Report on vaccination in the Province of Bengal - 1874-1889
Year: 1874
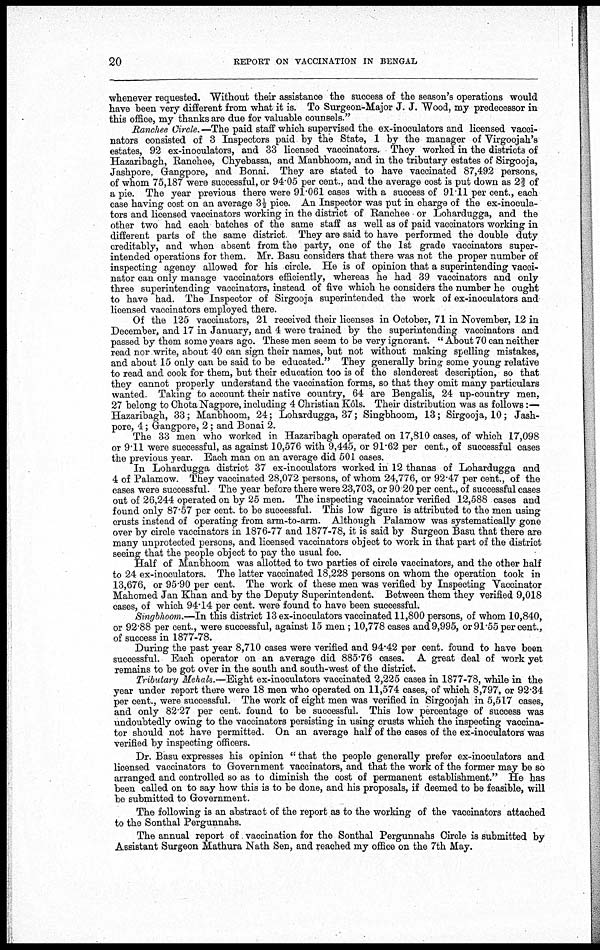
20
REPORT ON VACCINATION IN BENGAL
whenever requested. Without their assistance the success of the season's operations would
have been very different from what it is. To Surgeon-Major J. J. Wood, my predecessor in
this office, my thanks are due for valuable counsels."
Ranchee Circle.—The paid staff which supervised the ex-inoculators and licensed vacci-
nators consisted of 3 Inspectors paid by the State, 1 by the manager of Virgoojah's
estates, 92 ex-inoculators, and 33 licensed vaccinators. They worked in the districts of
Hazaribagh, Ranchee, Chyebassa, and Manbhoom, and in the tributary estates of Sirgooja,
Jashpore, Gangpore, and Bonai. They are stated to have vaccinated 87,492 persons,
of whom 75,187 were successful, or 94.05 per cent., and the average cost is put down as 2 2/3 of
a pie. The year previous there were 91.061 cases with a success of 91.11 per cent., each
case having cost on an average 3½ pice. An Inspector was put in charge of the ex-inocula-
tors and licensed vaccinators working in the district of Ranchee or Lohardugga, and the
other two had each batches of the same staff as well as of paid vaccinators working in
different parts of the same district They are said to have performed the double duty
creditably, and when absent from the party, one of the 1st grade vaccinators super-
intended operations for them. Mr. Basu considers that there was not the proper number of
inspecting agency allowed for his circle. He is of opinion that a superintending vacci-
nator can only manage vaccinators efficiently, whereas he had 39 vaccinators and only
three superintending vaccinators, instead of five which he considers the number he ought
to have had. The Inspector of Sirgooja superintended the work of ex-inoculators and
licensed vaccinators employed there.
Of the 125 vaccinators, 21 received their licenses in October, 71 in November, 12 in
December, and 17 in January, and 4 were trained by the superintending vaccinators and
passed by them some years ago. These men seem to be very ignorant. " About 70 can neither
read nor write, about 40 can sign their names, but not without making spelling mistakes,
and about 15 only can be said to be educated." They generally bring some young relative
to read and cook for them, but their education too is of the slenderest description, so that
they cannot properly understand the vaccination forms, so that they omit many particulars
wanted. Taking to account their native country, 64 are Bengalis, 24 up-country men,
27 belong to Chota Nagpore, including 4 Christian Kô1s. Their distribution was as follows :—
Hazaribagh, 33; Manbhoom, 24; Lohardugga, 37; Singbhoom, 13; Sirgooja, 10; Jash-
pore, 4; Gangpore, 2; and Bonai 2.
The 33 men who worked in Hazaribagh operated on 17,810 cases, of which 17,098
or 9.11 were successful, as against 10,576 with 9,445, or 91.62 per cent., of successful cases
the previous year. Each man on an average did 501 cases.
In Lohardugga district 37 ex-inoculators worked in 12 thanas of Lohardugga and
4 of Palamow. They vaccinated 28,072 persons, of whom 24,776, or 92.47 per cent., of the
cases were successful. The year before there were 23,703, or 90 20 per cent., of successful cases
out of 26,244 operated on by 25 men. The inspecting vaccinator verified 12,588 cases and
found only 87.57 per cent. to be successful. This low figure is attributed to the men using
crusts instead of operating from arm-to-arm. Although Palamow was systematically gone
over by circle vaccinators in 1876-77 and 1877-78, it is said by Surgeon Basu that there are
many unprotected persons, and licensed vaccinators object to work in that part of the district
seeing that the people object to pay the usual fee.
Half of Manbhoom was allotted to two parties of circle vaccinators, and the other half
to 24 ex-inoculators. The latter vaccinated 18,228 persons on whom the operation took in
13,676, or 95.90 per cent. The work of these men was verified by Inspecting Vaccinator
Mahomed Jan Khan and by the Deputy Superintendent. Between them they verified 9,018
cases, of which 94.14 per cent. were found to have been successful.
Singbhoom.—In this district 13 ex-inoculators vaccinated 11,800 persons, of whom 10,840,
or 92.88 per cent., were successful, against 15 men ; 10,778 cases and 9,995, or 91.55 per cent.,
of success in 1877-78.
During the past year 8,710 cases were verified and 94.42 per cent, found to have been
successful. Each operator on an average did 885.76 cases. A great deal of work yet
remains to be got over in the south and south-west of the district.
Tributary Mehals.—Eight ex-inoculators vaccinated 2,225 cases in 1877-78, while in the
year under report there were 18 men who operated on 11,574 cases, of which 8,797, or 92.34
per cent., were successful. The work of eight men was verified in Sirgoojah in 5,517 cases,
and only 82.27 per cent. found to be successful. This low percentage of success was
undoubtedly owing to the vaccinators persisting in using crusts which the inspecting vaccina-
tor should not have permitted. On an average half of the cases of the ex-inoculators was
verified by inspecting officers.
Dr. Basu expresses his opinion " that the people generally prefer ex-inoculators and
licensed vaccinators to Government vaccinators, and that the work of the former may be so
arranged and controlled so as to diminish the cost of permanent establishment." He has
been called on to say how this is to be done, and his proposals, if deemed to be feasible, will
be submitted to Government.
The following is an abstract of the report as to the working of the vaccinators attached
to the Sonthal Pergunnahs.
The annual report of vaccination for the Sonthal Pergunnahs Circle is submitted by
Assistant Surgeon Mathura Nath Sen, and reached my office on the 7th May.